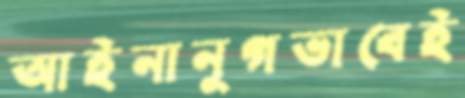
আইনানুগভাবেই